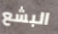
البشع